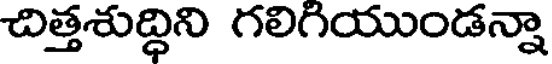
చిత్తశుద్ధిని గలిగియుండన్నా